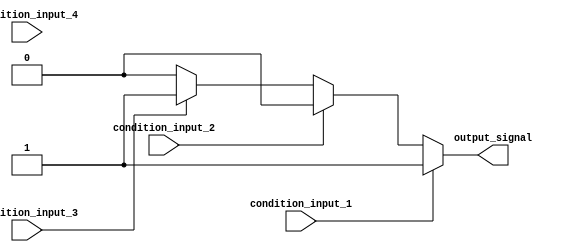
module behavioral_model_if_else (
    input wire condition_input_1,
    input wire condition_input_2,
    input wire condition_input_3,
    input wire condition_input_4,
    output reg output_signal
);

always @(*)
begin
    if (condition_input_1 == 1) begin
        output_signal = 1;
    end
    else if (condition_input_2 == 1) begin
        output_signal = 2;
    end
    else if (condition_input_3 == 1) begin
        output_signal = 3;
    end
    else if (condition_input_4 == 1) begin
        output_signal = 4;
    end
    else begin
        output_signal = 0;
    end
end

endmodule